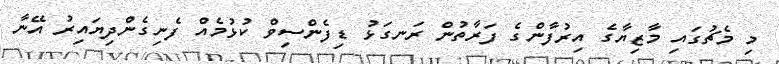
މި މެޗުގައި މާޒިޔާގެ އިރުފާންގެ ފަރާތުން ރަނގަޅު ޑިފެންސިވް ކުޅުމެއް ފެނިގެންދިޔައިރު އޭނާ